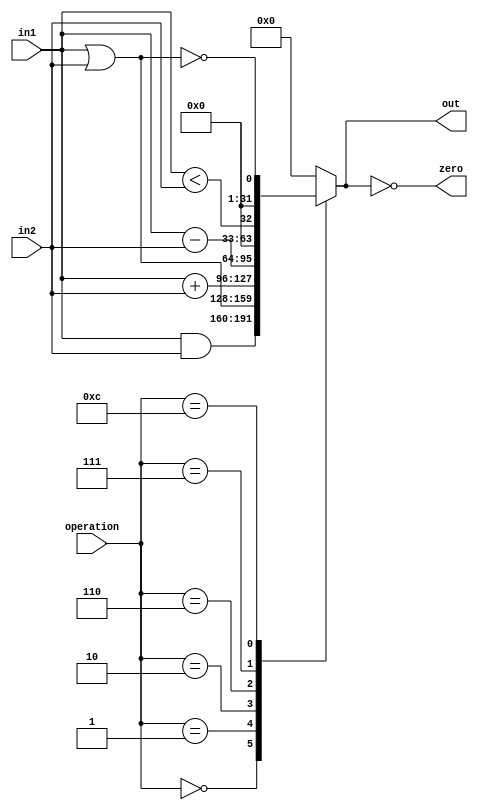
module ALU (
    input [31:0] in1,
    input [31:0] in2,
    input [3:0] operation,
    output reg [31:0] out,
    output reg zero
);

  always @(*) begin
    case (operation)
      4'b0000: out <= in1 & in2;
      4'b0001: out <= in1 | in2;
      4'b0010: out <= in1 + in2;
      4'b0110: out <= in1 - in2;
      4'b0111: out <= in1 < in2;
      4'b1100: out <= !(in1 | in2);
      default: out <= 32'b0;
    endcase
    zero <= (out == 32'b0);
  end
endmodule